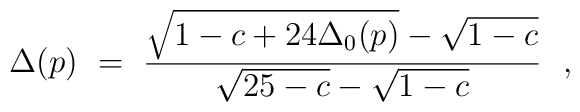
\Delta(p) ~=~        \frac{\sqrt{1-c+24 \Delta_0(p)}-\sqrt{1-c}}{\sqrt{25-c}        -\sqrt{1-c}} ~~,